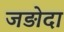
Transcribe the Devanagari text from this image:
जड़ोदा